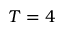
T = 4